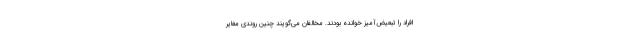
افراد را تبعیض‌آمیز خوانده بودند. مخالفان می‌گویند چنین روندی مغایر